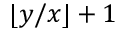
\lfloor y / x \rfloor + 1